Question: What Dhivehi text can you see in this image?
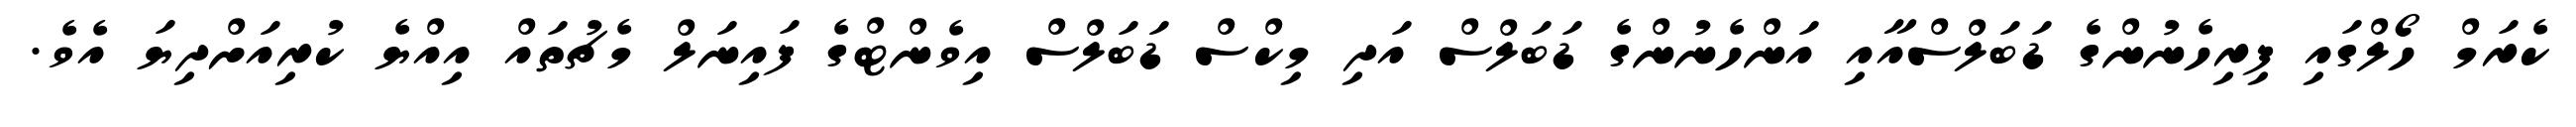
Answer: ކެރަމް ހޯލްގައި ފިރިހެނުންގެ ޑަބަލްސްއާއި އަންހެނުންގެ ޑަބަލްސް އަދި މިކްސް ޑަބަލްސް އިވެންޓްގެ ފައިނަލް މެޗުތައް އިއްޔެ ކުރިއަށްދިޔަ އެވެ.